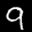
Label: 9